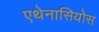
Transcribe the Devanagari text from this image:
एथेनासियोस